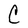
Character: C